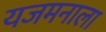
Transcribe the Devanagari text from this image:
यजमनाला